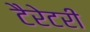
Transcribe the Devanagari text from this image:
टैरेटरी